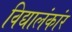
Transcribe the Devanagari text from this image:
विद्यालंकांर